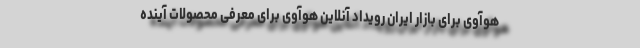
هوآوی برای بازار ایران رویداد آنلاین هوآوی برای معرفی محصولات آینده